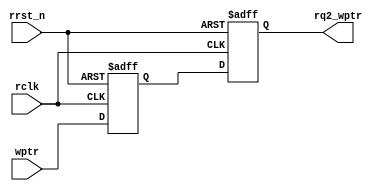
module sync_w2r_1 
    #(
    parameter ASIZE = 4
    )(
    input  wire              rclk,
    input  wire              rrst_n,
    output reg  [ASIZE:0] rq2_wptr,
    input  wire [ASIZE:0] wptr
    );
    reg [ASIZE:0] rq1_wptr;
    always @(posedge rclk or negedge rrst_n) begin
        if (!rrst_n) 
            {rq2_wptr,rq1_wptr} <= 0;
        else
            {rq2_wptr,rq1_wptr} <= {rq1_wptr,wptr};
    end
endmodule